Sanitation, dispensaries and jails vaccination Rajputana 1922-1927 - 1922-1927
Year: 1922
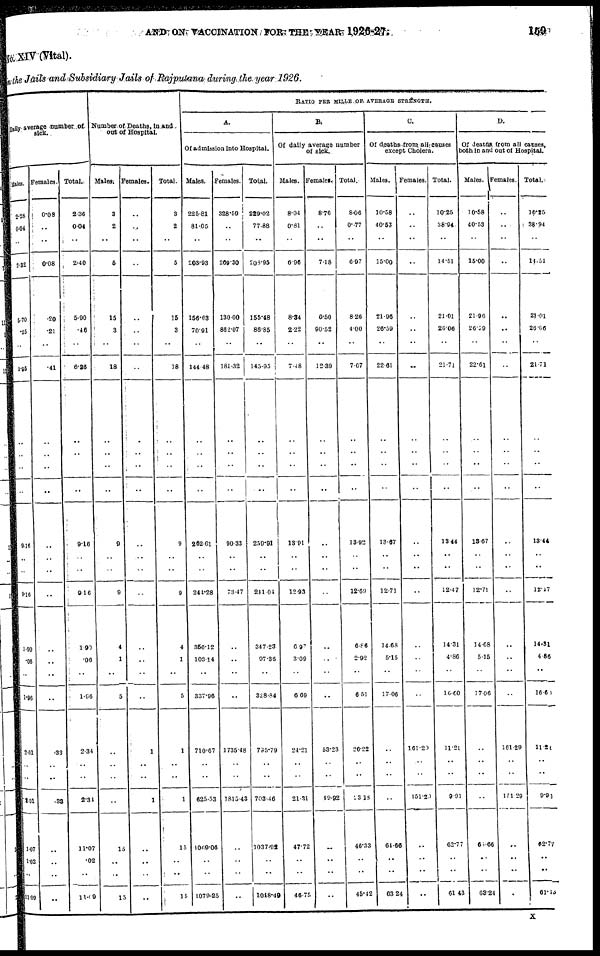
AND ON VACCINATION FOR THE YEAR 1926-27 159
XIV (Vital).
the Jails and Subsidiary Jails of Rajputana during the year 1926.
Daily average number of
sick.
Males.
2.28
0.04
..
2.32
..
5.70
.25
..
5. 95
..
9.16
..
..
9.16
1.90
.06
..
1.96
2.01
..
..
201
1.07
1.02
..
11.09
Females.
0.08
..
..
0.08
..
.20
.21
..
.41
..
..
..
..
..
..
..
..
..
.33
..
..
.33
..
..
..
..
Total.
2.36
0.04
..
2.40
..
5.90
.46
..
6.36
..
9.16
..
..
9.16
1.90
.06
..
1.96
2.34
..
..
2.34
11.07
.02
..
11.09
Number of Deaths, in and
out of Hospital.
Males.
3
2
..
5
..
15
3
..
18
..
9
..
..
9
4
1
..
5
..
..
..
..
15
..
..
13
Females.
..
..
..
..
..
..
..
..
..
..
..
..
..
..
..
..
..
..
1
..
..
1
..
..
..
..
Total.
3
2
..
5
..
15
3
..
18
..
9
..
..
9
4
1
..
5
1
..
..
1
15
..
..
15
RATIO PER MILLE OF AVERAGE STRENGTH.
A.
Of admission into Hospital.
Males.
225.81
81.05
..
203.93
..
156.63
70.91
..
144.48
..
262.61
..
..
244.28
356.12
103.14
..
337.96
710.67
..
..
625.53
1069.06
..
..
1079.25
Females.
328.59
..
..
269.30
..
130.00
862.07
..
181.32
..
90.33
..
..
73.47
..
..
..
..
1735.48
..
..
1815.43
..
..
..
..
Total.
229.02
77.88
..
208.95
..
155.48
86.85
..
145.95
..
259.91
..
..
241.04
347.23
97.36
..
328.84
735.79
..
..
703.46
1037.92
..
..
1048.49
B.
Of daily average number
of sick.
Males.
8.04
0.81
..
6.95
..
8.34
2.22
..
7.18
..
13.91
..
..
12.93
6.97
3.09
..
6.69
24.21
..
..
21.31
47.72
..
..
46.75
Females.
8.76
..
..
7.18
..
6.50
90.52
..
12.39
..
..
..
..
..
..
..
..
..
53.23
..
..
49.92
..
..
..
..
Total.
8.06
0.77
..
6.97
..
8.26
4.00
..
7.67
..
13.92
..
..
12.69
6.86
2.92
..
6.51
26.22
..
..
23.18
46.33
..
..
45.42
C.
Of deaths from all causes
except Cholera.
Males.
10.58
40.53
..
15.00
..
21.96
26.59
..
22.61
..
13.67
..
..
12.71
14.68
5.15
..
17.06
..
..
..
..
64.66
..
..
63.24
Females.
..
..
..
..
..
..
..
..
..
..
..
..
..
..
..
..
..
..
161.29
..
..
151.20
..
..
..
..
Total.
10.25
38.94
..
14.51
..
21.01
26.06
..
21.71
..
13.44
..
..
12.47
14.31
4.86
..
16.60
11.21
..
..
9.91
62.77
..
..
61.43
D.
Of deaths from all causes,
both in and out of Hospital.
Males.
10.58
40.53
..
15.00
..
21.96
26.59
..
22.61
..
13.67
..
..
12.71
14.68
5.15
..
17.06
..
..
..
..
6.66
..
..
63.24
Females.
..
..
..
..
..
..
..
..
..
..
..
..
..
..
..
..
..
..
161.29
..
..
151.29
..
..
..
..
Total.
10.25
38.94
..
14.51
..
21.01
26.06
..
21.71
..
13.44
..
..
12.17
14.51
4.86
..
16.60
11.21
..
..
9.91
62.77
..
..
61.13
X